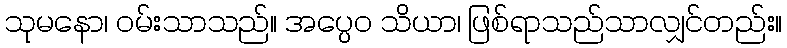
သုမနော၊ ဝမ်းသာသည်။ အပ္ပေဝ သိယာ၊ ဖြစ်ရာသည်သာလျှင်တည်း။